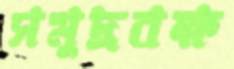
সমুদ্রবক্ষ